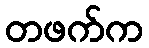
တဖက်က